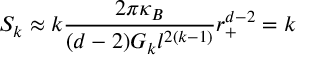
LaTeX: S _ { k } \approx k \frac { 2 \pi \kappa _ { B } } { ( d - 2 ) G _ { k } l ^ { 2 ( k - 1 ) } } r _ { + } ^ { d - 2 } = k